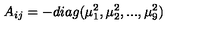
A _ { i j } = - d i a g ( \mu _ { 1 } ^ { 2 } , \mu _ { 2 } ^ { 2 } , . . . , \mu _ { 9 } ^ { 2 } )